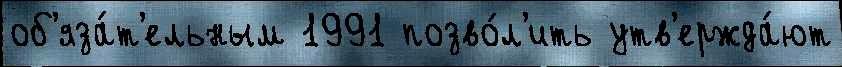
об'яза́т'ельным 1991 позво́л'ить утв'ержда́ют